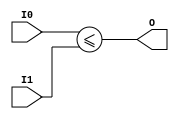
module coreir_ule4_wrapped (
    input [3:0] I0,
    input [3:0] I1,
    output O
);
assign O = I0 <= I1;
endmodule